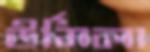
উর্মিলা